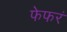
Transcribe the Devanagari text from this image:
फेफरं